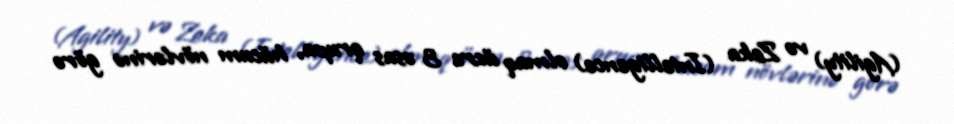
(Agility) və Zeka (Intelligence) olmaq üzrə 3 əsas qrupa, hücum növlərinə görə